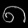
Digit: ၈